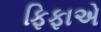
ફિફાએ